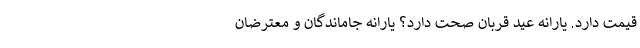
قیمت دارد. یارانه عید قربان صحت دارد؟ یارانه جاماندگان و معترضان